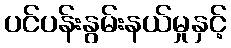
ပင်ပန်းနွမ်းနယ်မှုနှင့်